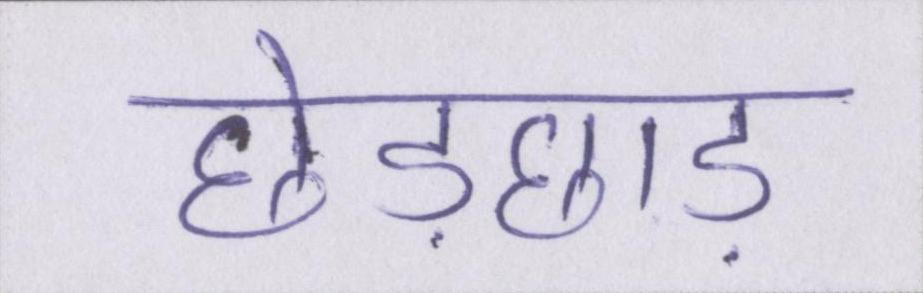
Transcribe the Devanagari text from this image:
छेड़छाड़